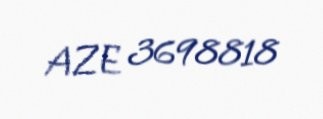
AZE 3698818